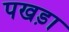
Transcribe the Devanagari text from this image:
पखड़ा